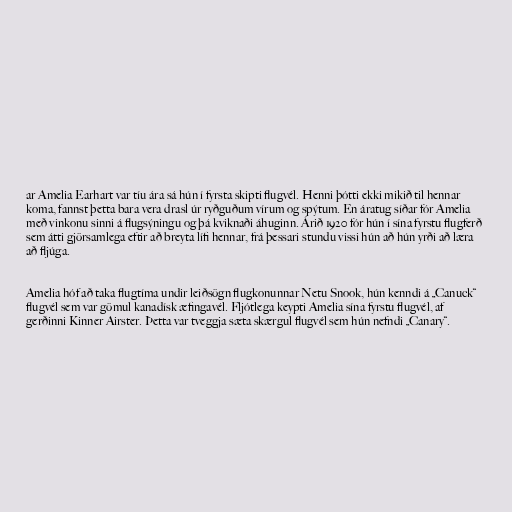
ar Amelia Earhart var tíu ára sá hún í fyrsta skipti flugvél. Henni þótti ekki mikið til hennar
koma, fannst þetta bara vera drasl úr ryðguðum vírum og spýtum. En áratug síðar fór Amelia
með vinkonu sinni á flugsýningu og þá kviknaði áhuginn. Árið 1920 fór hún í sína fyrstu flugferð
sem átti gjörsamlega eftir að breyta lífi hennar, frá þessari stundu vissi hún að hún yrði að læra
að fljúga.

Amelia hóf að taka flugtíma undir leiðsögn flugkonunnar Netu Snook, hún kenndi á „Canuck“
flugvél sem var gömul kanadísk æfingavél. Fljótlega keypti Amelia sína fyrstu flugvél, af
gerðinni Kinner Airster. Þetta var tveggja sæta skærgul flugvél sem hún nefndi „Canary“.